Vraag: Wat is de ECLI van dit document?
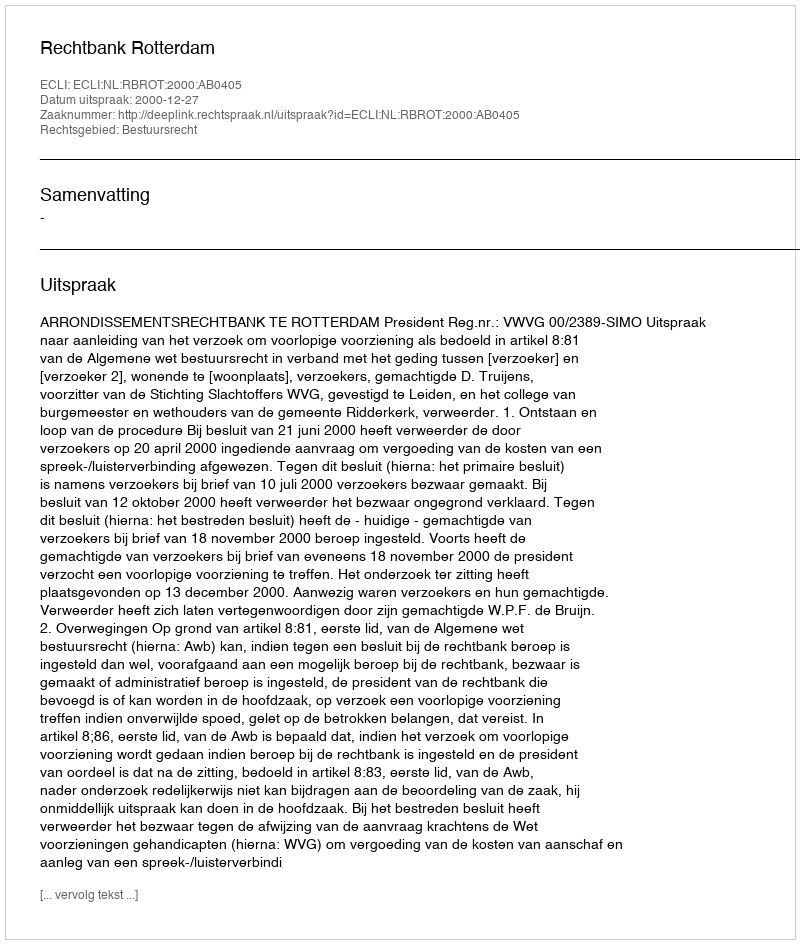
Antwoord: ECLI:NL:RBROT:2000:AB0405